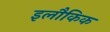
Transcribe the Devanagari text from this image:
इलौकिक